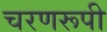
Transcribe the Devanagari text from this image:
चरणरूपी